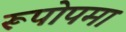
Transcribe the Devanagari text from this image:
रूपोपमा